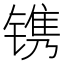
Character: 镌